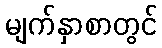
မျက်နှာစာတွင်